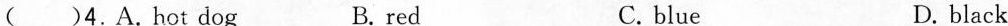
()4.A.hot dog B.red C.blue D.black